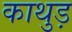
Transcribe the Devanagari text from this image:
काथुड़